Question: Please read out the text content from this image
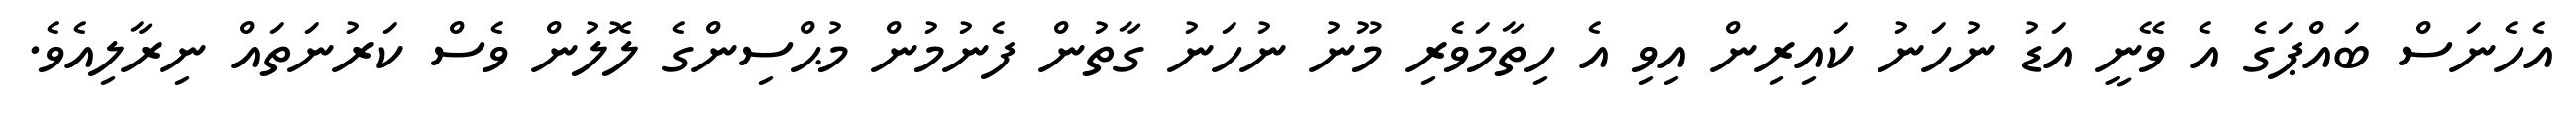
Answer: އެހެނަސް ބައްޕަގެ އެ ވޭނީ އަޑު ނުހަނު ކައިރިން އިވި އެ ހިތާމަވެރި މޫނު ނުހަނު ގާތުން ފެނުމުން މުޙްސިންގެ ލޮލުން ވެސް ކަރުނަތައް ނިރާލިއެވެ.